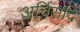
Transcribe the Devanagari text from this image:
अर्चिरादि